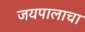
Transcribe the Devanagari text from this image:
जयपालाचा